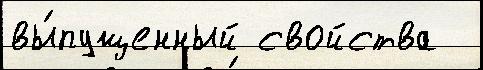
вы́пущенный свойства